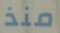
منذ